Medical and sanitary report of the native army of Madras for the year
Year: 1875
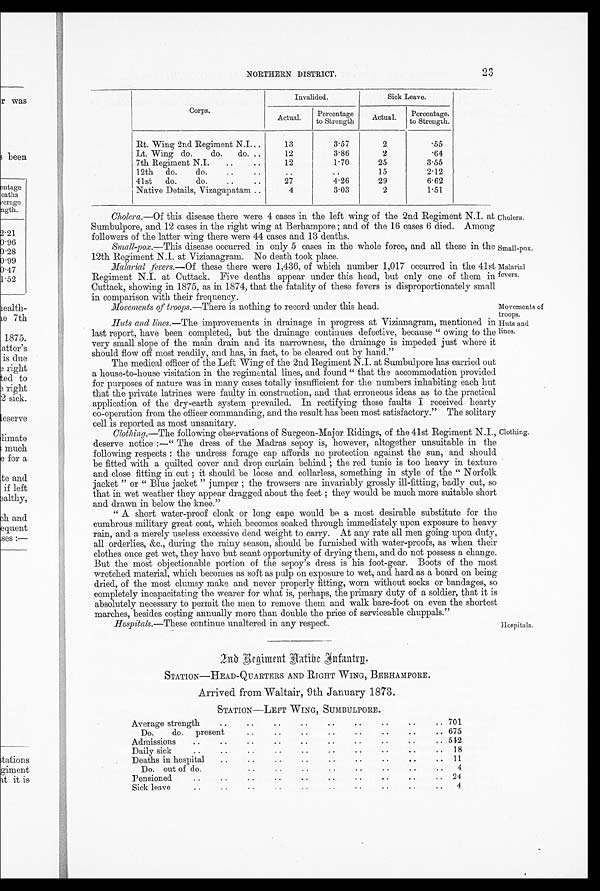
NORTHERN DISTRICT.
23
Corps.
Invalided.
Sick Leave.
Actual.
Percentage
to Strength
Actual.
Percentage.
to Strength.
Rt. Wing 2nd Regiment N.I...
13
3.57
2
.55
Lt. Wing do.
do.
do. ..
12
3.86
2
.64
7th Regiment N.I.
..
..
12
1.70
25
3.55
12th do.
do.
.
..
..
1 5
2.12
41st
do.
do.
..
..
27
4.26
29
6.62
Native Details, Vizagapatam ..
4
3.03
2
1.51
Cholera.—Of this disease there were 4 cases in the left wing of the 2nd Regiment N.I. at
Sumbulpore, and 12 cases in the right wing at Berhampore ; and of the 16 cases 6 died. Amon
g followers of the latter wing there were 44 cases and 13 deaths.
Small-pox.—This disease occurred in only 5 cases in the whole force, and all these in the
12th Regiment N.I. at Vizianagram. No death took place.
Malarial fevers.—Of these there were 1,436, of which number 1,017 occurred in the 41st
Regiment N.I. at Cuttack. Five deaths appear under this head, but only one of them in
Cuttack, showing in 1875, as in 1874, that the fatality of these fevers is disproportionately small
in comparison with their frequency.
Movements of troops .—There is nothing to record under this head.
Huts and lines.—The improvements in drainage in progress at Vizianagram, mentioned in
last report, have been completed, but the drainage continues defective, because " owing to the
very small slope of the main drain and its narrowness, the drainage is impeded just where it
should flow off most readily, and has, in fact, to be cleared out by hand."
The medical officer of the Left Wing of the 2nd Regiment N.I. at Sumbulpore has carried out
a house-to-house visitation in the regimental lines, and found " that the accommodation provided
for purposes of nature was in many cases totally insufficient for the numbers inhabiting each hut
that the private latrines were faulty in construction, and that erroneous ideas as to the practical
application of the dry-earth system prevailed. In rectifying these faults I received hearty
co-operation from the officer commanding, and the result has been most satisfactory." The solitary
cell is reported as most unsanitary.
Clothing.—The following observations of Surgeon-Major Ridings, of the 41st Regiment N.I.,
deserve notice :—" The dress of the Madras sepoy is, however, altogether unsuitable in the
following respects : the undress forage cap affords no protection against the sun, and should
be fitted with a quilted cover and drop curtain behind ; the red tunic is too heavy in texture
and close fitting in cut ; it should be loose and collarless, something in style of the " Norfolk
jacket " or " Blue jacket "jumper ; the trowsers are invariably grossly ill-fitting, badly cut, so
that in wet weather they appear dragged about the feet ; they would be much more suitable short
and drawn in below the knee."
" A short water-proof cloak or long cape would be a most desirable substitute for the
cumbrous military great coat, which becomes soaked through immediately upon exposure to heavy
rain, and a merely useless excessive dead weight to carry. At any rate all men going upon duty,
all orderlies, &c., during the rainy season, should be furnished with water-proofs, as when their
clothes once get wet, they have but scant opportunity of drying them, and do not possess a change.
But the most objectionable portion of the sepoy's dress is his foot-gear. Boots of the most
wretched material, which becomes as soft as pulp on exposure to wet, and hard as a board on being
dried, of the most clumsy make and never properly fitting, worn without socks or bandages, so
completely incapacitating the wearer for what is, perhaps, the primary duty of a soldier, that it is
absolutely necessary to permit the men to remove them and walk bare-foot on even the shortest
marches, besides costing annually more than double the price of serviceable chuppals."
Hospitals .—These continue unaltered in any respect.
Cholera.
Small-pox.
Malarial
fevers.
Movements of
troops.
Huts and
lines.
Clothing.
Hospitals.
2nd Regiment Native Infantry
.
STATION—HEAD-QUARTERS AND RIGHT WING, BERHAMPORE.
Arrived from Waltair, 9th January 1873.
STATION—LEFT WING, SUMBULPORE.
Average strength
..
..
..
..
..
..
. .
. .
..
701
Do. do. present.. 675
Admissions
..
..
....
..
..
..
..
.. 542
Daily sick
..
..
..
..
..
..
..
.. 18
Deaths in hospital.. 11
Do. out of do...
4
Pensioned..
. .
. .
.. .. . .
2 4
Sick leave
..
..
..
..
..
..
..
..
. .
4